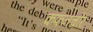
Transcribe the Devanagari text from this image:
कफनचोर